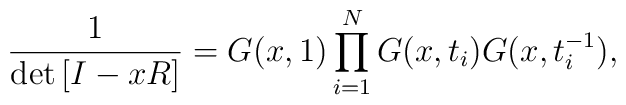
\frac{1}{\det\left[I-xR\right]}=G(x,1)\prod_{i=1}^{N}G(x,t_{i})G(x,t_{i}^{-1}),